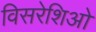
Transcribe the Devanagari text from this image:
विसरेशिओ